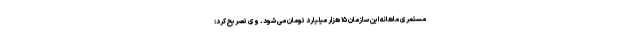
مستمری ماهانه این سازمان ۱۵ هزار میلیارد تومان می شود. وی تصریح کرد: